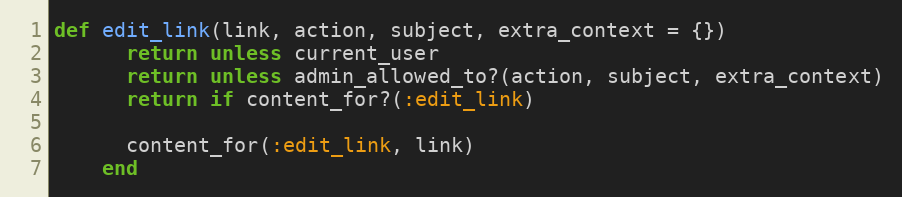
Language: Ruby
def edit_link(link, action, subject, extra_context = {})
      return unless current_user
      return unless admin_allowed_to?(action, subject, extra_context)
      return if content_for?(:edit_link)

      content_for(:edit_link, link)
    end